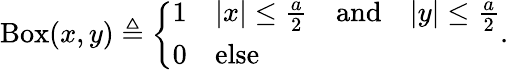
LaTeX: \operatorname{Box}(x,y)\triangleq\left\{ \begin{array}{ll}{1}&{|x|\leq\frac{a}{2}\quad\mathrm{and}\quad|y|\leq\frac{a}{2}}\\ {0}&{\mathrm{else}}\end{array}\right..